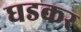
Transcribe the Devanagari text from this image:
घडकर